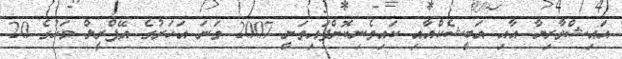
އައިޝްވާރިޔާ އާއި އަބީޝެކްއާއި ކައިވެނިކޮށްފައިވަނީ 2007 ވަނަ އަހަރުގެ އޭޕްރީލް މަހުގެ 20